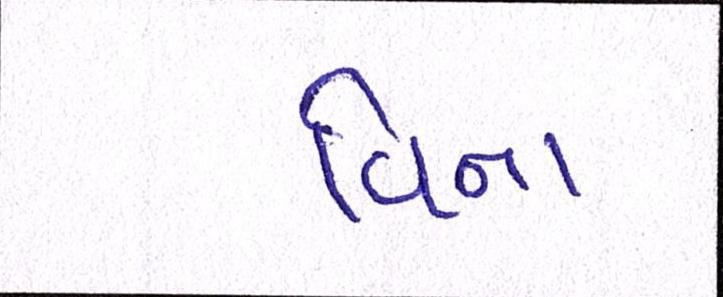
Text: વિના